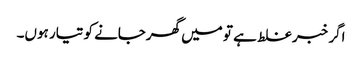
اگر خبر غلط ہے تو میں گھرجانے کو تیار ہوں۔